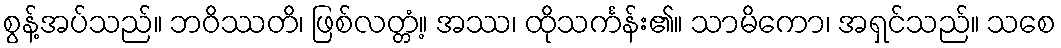
စွန့်အပ်သည်။ ဘဝိဿတိ၊ ဖြစ်လတ္တံ့။ အဿ၊ ထိုသင်္ကန်း၏။ သာမိကော၊ အရှင်သည်။ သစေ